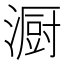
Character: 𪷏